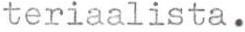
teriaalista.